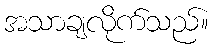
အသာချလိုက်သည်။